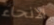
الانحاء